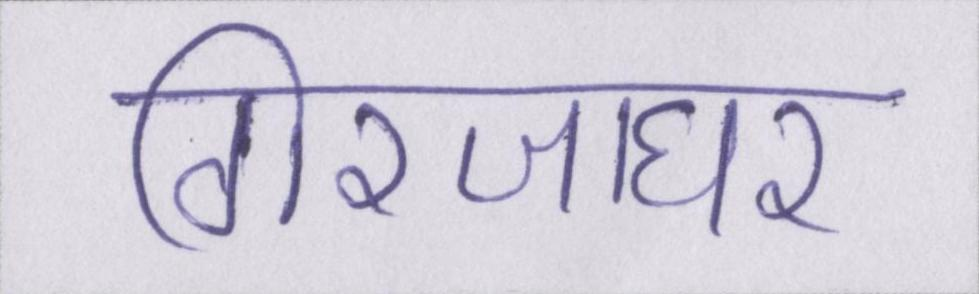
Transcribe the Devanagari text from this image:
गिरजाघर